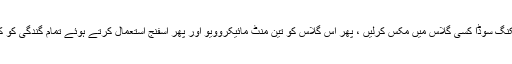
اگر ہاں تو ایک کپ پانی اور کچھ چائے کے چمچ بیکنگ سوڈا کسی گلاس میں مکس کرلیں ، پھر اس گلاس کو تین منٹ مائیکروویو اور پھر اسفنج استعمال کرتے ہوئے تمام گندگی کو کچھ منٹوں میں صاف کرکے اپنی مشین کو چمکا دیں۔